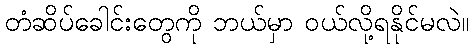
တံဆိပ်ခေါင်းတွေကို ဘယ်မှာ ဝယ်လို့ရနိုင်မလဲ။